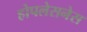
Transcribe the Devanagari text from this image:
होपलेसनेस